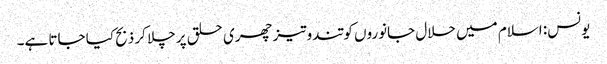
یونس: اسلام میں حلال جانوروں کو تندوتیز چھری حلق پر چلا کر ذبح کیا جاتا ہے۔